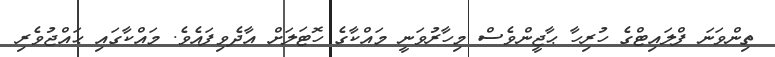
ތިންވަނަ ފްލައިޓްގެ ހުރިހާ ޙާޖީންވެސް މިހާރުވަނީ މައްކާގެ ހޮޓަލަށް އާދެވިފައެވެ. މައްކާގައި ޙައްޖުވެރި